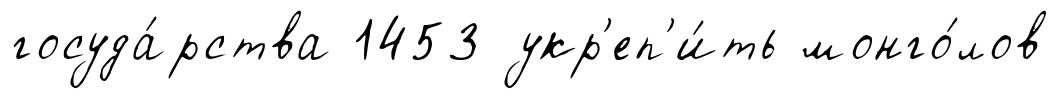
госуда́рства 1453 укр'еп'и́ть монго́лов